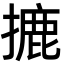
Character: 摝